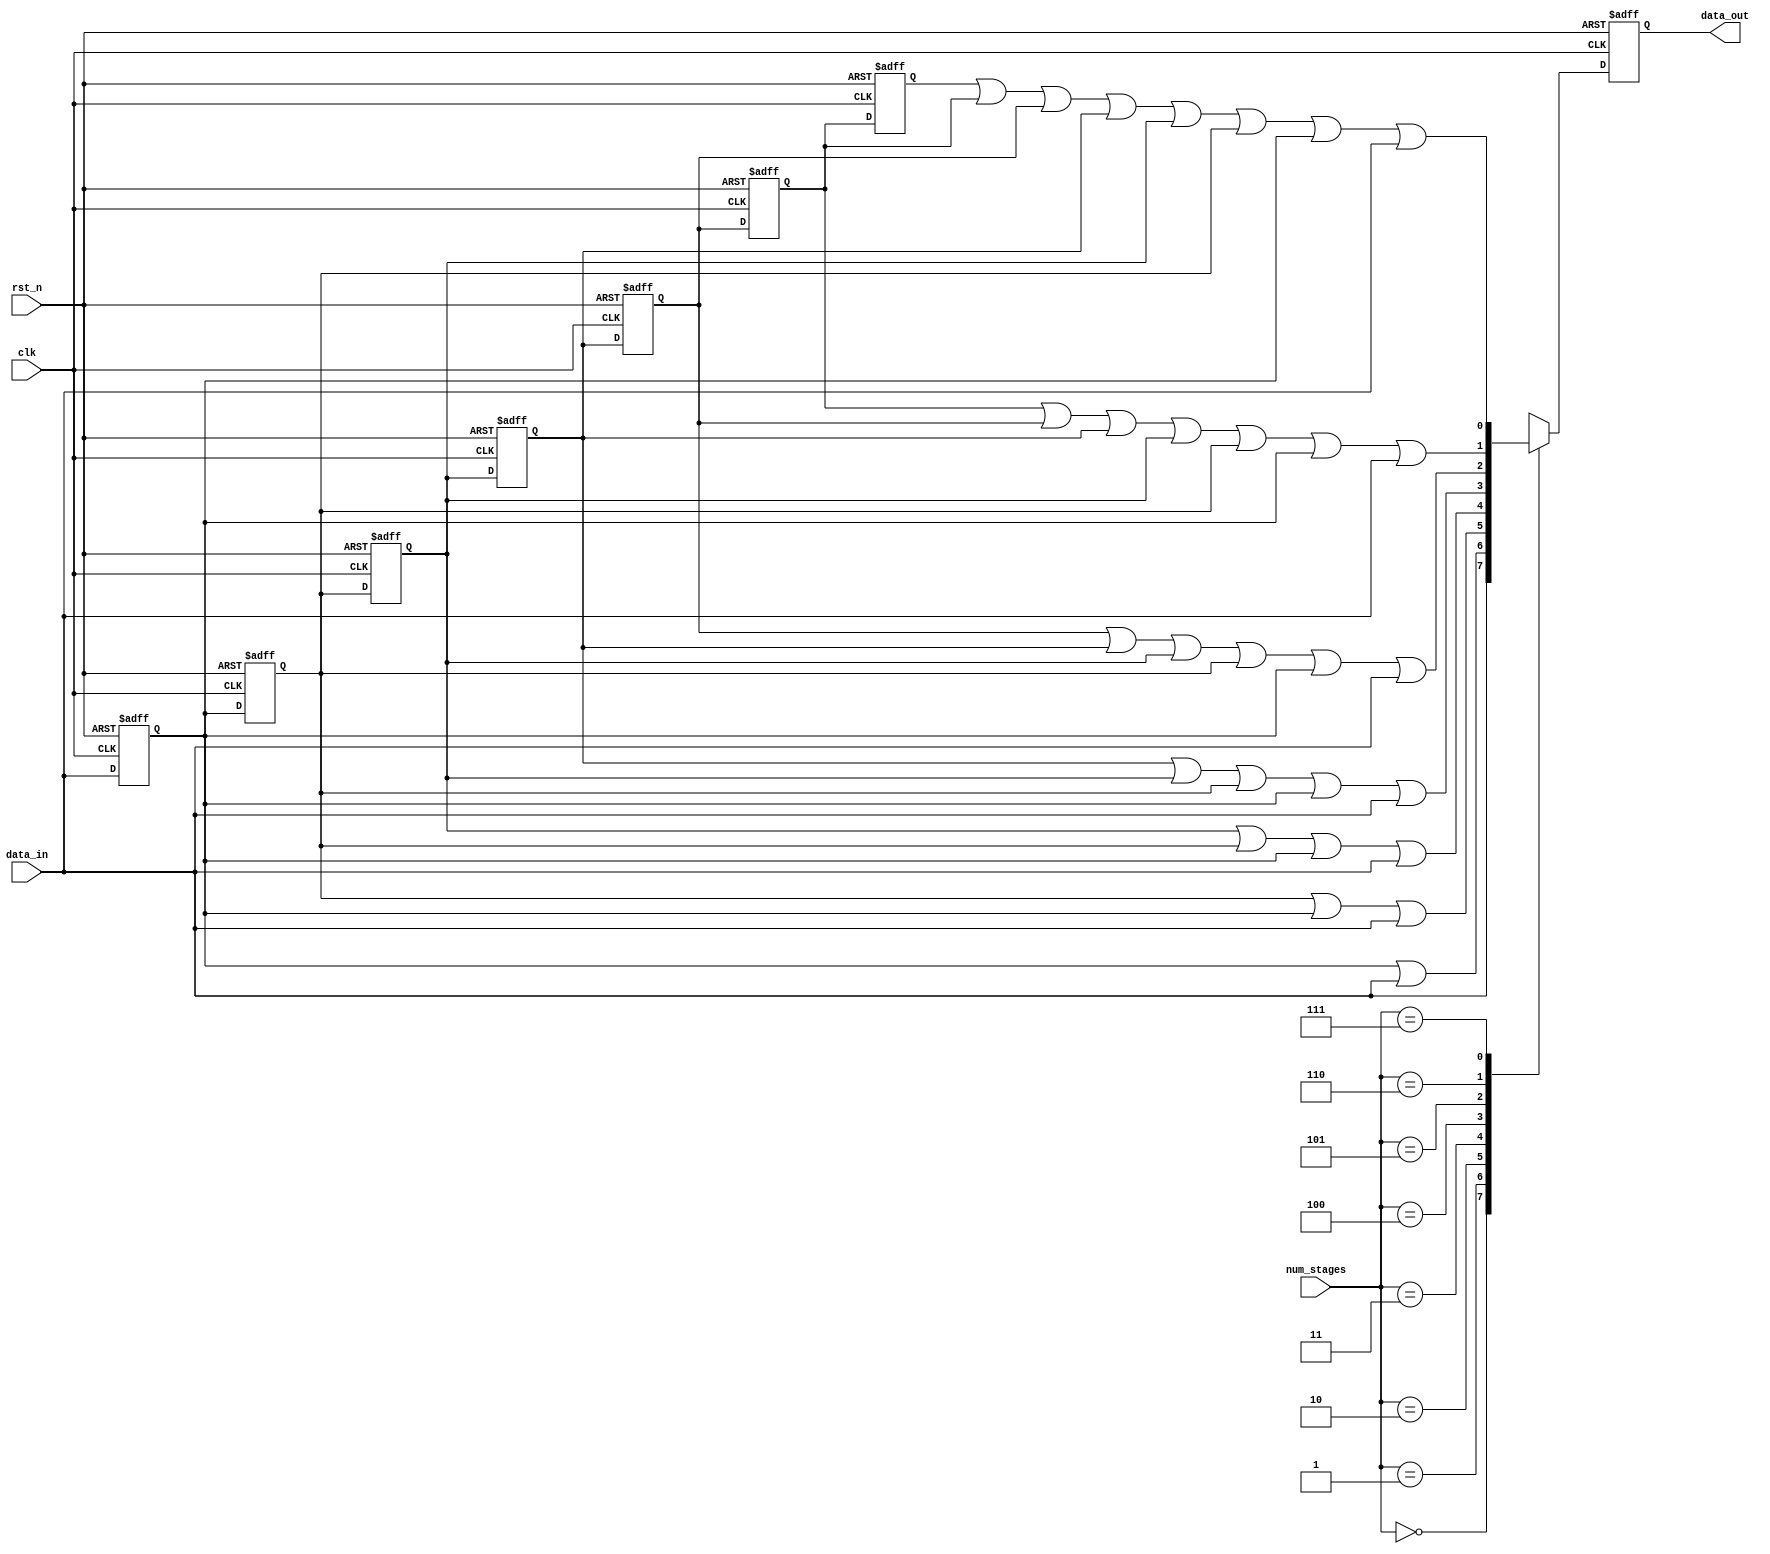
// SPDX-License-Identifier: Apache-2.0
// Copyright (C) 2019 Intel Corporation. 
//
//------------------------------------------------------------------------

module aib_adapt_cmn_pulse_stretch 
  #(
    parameter RESET_VAL = 'd0   // reset value
    )
  (
    input  wire         clk,         // clock
    input  wire         rst_n,       // async reset
    input  wire [2:0]   num_stages,  // number of stages required
    input  wire         data_in,     // data in
    output  reg         data_out     // stretched data out             
   );

   reg                  data_d1, data_d2, data_d3, data_d4;
   reg                  data_d5, data_d6, data_d7;
   reg                  data_out_comb;

   localparam reset_value = (RESET_VAL == 1) ? 1'b1 : 1'b0;  // To eliminate truncating warning
      
   always @* begin
      data_out_comb = data_in;
      
      case (num_stages)
        3'b000: data_out_comb = data_in;
        3'b001: data_out_comb = data_d1 | data_in;
        3'b010: data_out_comb = data_d2 | data_d1 | data_in;
        3'b011: data_out_comb = data_d3 | data_d2 | data_d1 | data_in;
        3'b100: data_out_comb = data_d4 | data_d3 | data_d2 | data_d1 | data_in;
        3'b101: data_out_comb = data_d5 | data_d4 | data_d3 | data_d2 | data_d1 | data_in;
        3'b110: data_out_comb = data_d6 | data_d5 | data_d4 | data_d3 | data_d2 | data_d1 | data_in;
        3'b111: data_out_comb = data_d7 | data_d6 | data_d5 | data_d4 | data_d3 | data_d2 | data_d1 | data_in;
        default: data_out_comb = data_in;
      endcase // case(num_stages)
   end // always @ *

   always @(negedge rst_n or posedge clk) begin
      if (~rst_n) begin
         data_d1 <= reset_value;
         data_d2 <= reset_value;
         data_d3 <= reset_value;
         data_d4 <= reset_value;
         data_d5 <= reset_value;
         data_d6 <= reset_value;
         data_d7 <= reset_value;
         data_out <= reset_value;
      end
      else begin
         data_d1 <= data_in;
         data_d2 <= data_d1;
         data_d3 <= data_d2;
         data_d4 <= data_d3;
         data_d5 <= data_d4;
         data_d6 <= data_d5;
         data_d7 <= data_d6;
         data_out <= data_out_comb;
      end
   end // always @ (negedge rst_n or posedge clk)
      
endmodule